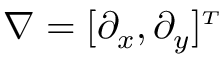
\boldsymbol { \nabla } = [ \partial _ { x } , \partial _ { y } ] ^ { \scriptscriptstyle T }